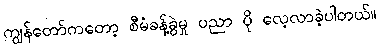
ကျွန်တော်ကတော့ စီမံခန့်ခွဲမှု ပညာ ပို လေ့လာခဲ့ပါတယ်။